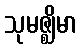
သုမဇ္ဈိမာ